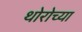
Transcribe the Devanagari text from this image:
थोरोच्या